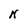
Character: N